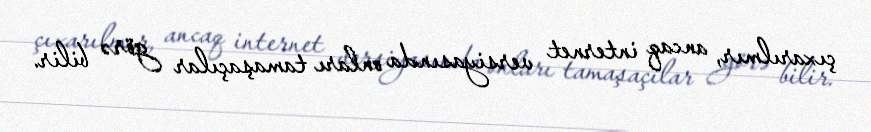
çıxarılmır, ancaq internet versiyasında onları tamaşaçılar görə bilir.